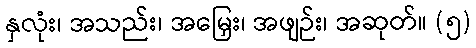
နှလုံး၊ အသည်း၊ အမြှေး၊ အဖျဉ်း၊ အဆုတ်။ (၅)